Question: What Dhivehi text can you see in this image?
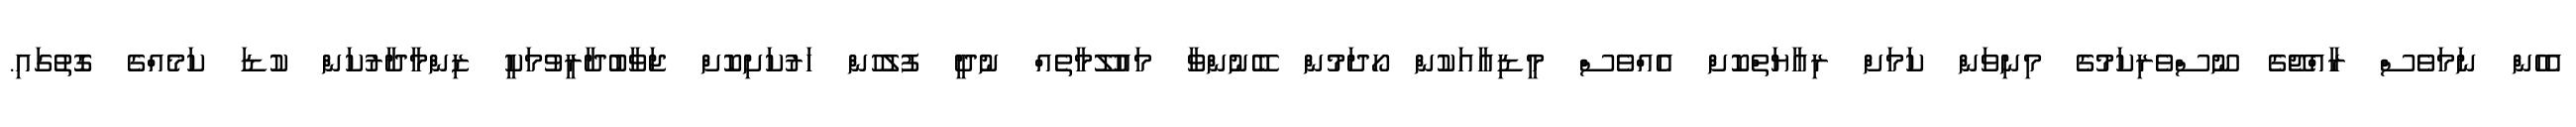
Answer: އެހެން ނަމަވެސް ރާއްޖޭގެ ނޫސްވެރިކަމުގެ މިނިވަން ކަމަށް ރިއާޔަތްކޮށް އެއްވެސް މީޑިއާއަކުން ހޯދަމުން ބޭނުންވާ މައުލޫމާތެއް ނުދީ ފުލުހުން ހަރުކަށިކޮށް ޖަވާބުދާރީވުމަކީ ޒިންމާދާރުކަން ކުޑަ ކަމެއްގެ ގޮތުގައި.